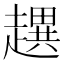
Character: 趩